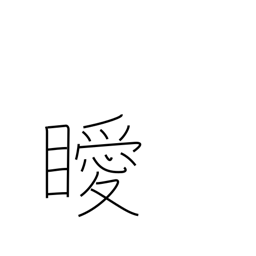
Meaning: unclear